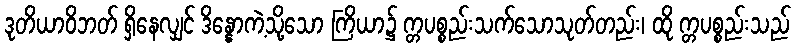
ဒုတိယာဝိဘတ် ရှိနေလျှင် ဒိန္နောကဲ့သို့သော ကြိယာ၌ က္တပစ္စည်းသက်သောသုတ်တည်း၊ ထို က္တပစ္စည်းသည်